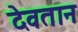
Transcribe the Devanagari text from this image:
देवतान